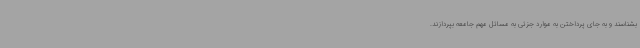
بشناسند و به جای پرداختن به موارد جزئی به مسائل مهم جامعه بپردازند.